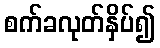
စက်ခလုတ်နှိပ်၍